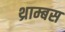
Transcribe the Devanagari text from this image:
थ्राम्बस